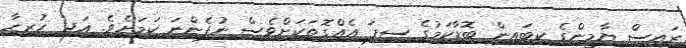
ރައީސް ޔާމީންގެ ކިބައިން ބޮޑާކަމުގެ ސިފަ އެއްގޮތަކަށްވެސް ނުފެންނަ ކަމަށެވެ. އަދި ހުރިހާ